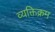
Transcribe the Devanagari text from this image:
व्यक्तिक्रम